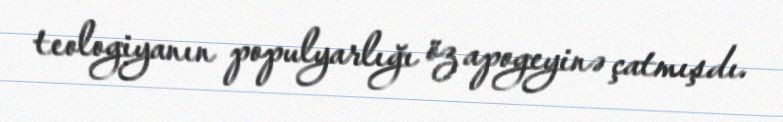
teologiyanın populyarlığı öz apogeyinə çatmışdı.